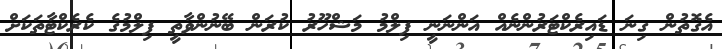
އެގޮތުން ގިނަ ޑައިރެކްޓަރުންނެއް އަންނަނީ ފިލްމު މަޝްހޫރު ކުރަން ބޭނުންވާތީ ފިލްމުގެ ކެރެކްޓާތަކަށް